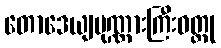
တောဒေယျပုဏ္ဏားကြီးဝတ္ထု